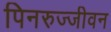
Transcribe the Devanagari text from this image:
पिनरुज्जीवन